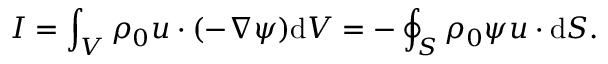
I = \int _ { V } \rho _ { 0 } \boldsymbol { u } \cdot ( - \nabla \psi ) \mathrm { d } V = - \oint _ { S } \rho _ { 0 } \psi \boldsymbol { u } \cdot \mathrm { d } \boldsymbol { S } .